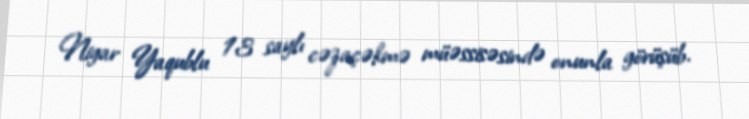
Nigar Yaqublu 13 saylı cəzaçəkmə müəssisəsində onunla görüşüb.